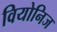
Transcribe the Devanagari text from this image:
वियोनिज